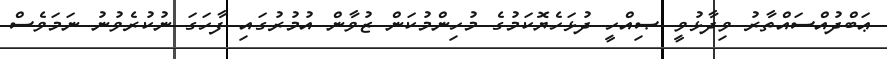
ޢަބްދުއްސައްތާރު ވިދާޅުވީ ޞިއްހީ ދުޅަހެޔޮކަމުގެ މުހިންމުކަން ޒުވާން އުމުރުގައި ފާހަގަ ނުކުރެވުނު ނަމަވެސް